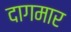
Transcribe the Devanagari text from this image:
दागमार